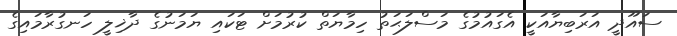
ސައޫދީ އަރަބިޔާއަކީ އެގައުމުގެ މަސްލަޙަތު ހިމާޔަތް ކުރުމަށް ޓަކައި ޔަމަނުގެ ދާޚިލީ ހަނގުރާމައިގެ